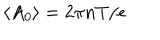
LaTeX: \left\langle A _ { 0 } \right\rangle = { 2 \pi n T } / { e }